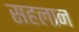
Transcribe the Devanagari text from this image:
सहलान